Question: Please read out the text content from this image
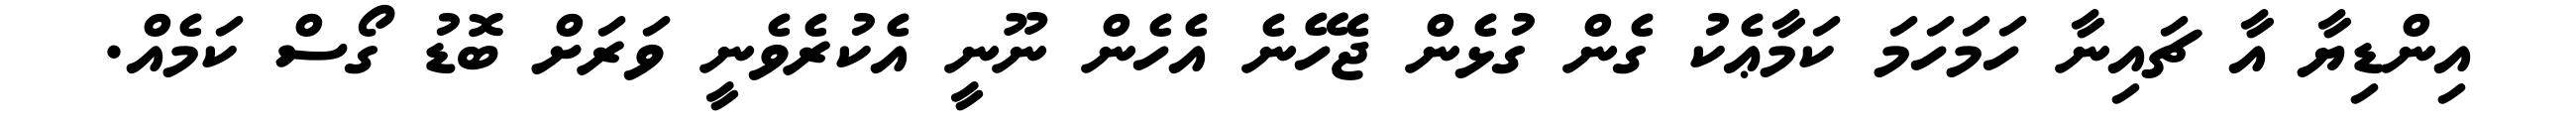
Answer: އިންޑިޔާ އާ ޗައިނާ ހަމަހަމަ ކަމާޢެކު ގެން ގުޅެން ޖެހޭނެ އެހެން ނޫނީ އެކުރެވެނީ ވަރަށް ބޮޑު ގޯސް ކަމެއް.